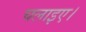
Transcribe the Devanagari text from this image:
चलाइए।